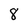
Character: 8